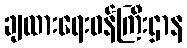
ချထားရေးဝန်ကြီးဌာန